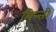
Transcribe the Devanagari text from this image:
बिन्ती